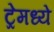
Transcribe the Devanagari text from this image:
ट्रेमध्ये